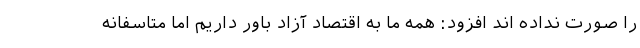
را صورت نداده اند افزود: همه ما به اقتصاد آزاد باور داریم اما متاسفانه